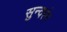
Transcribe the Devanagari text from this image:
सुन्दरंम